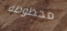
محظوظة